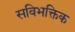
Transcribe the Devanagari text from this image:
सविभक्तिक